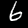
Label: 6